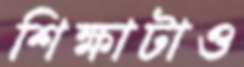
শিক্ষাটাও